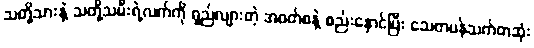
သတို့သားနဲ့ သတို့သမီးရဲ့လက်ကို ရှည်လျားတဲ့ အဝတ်စနဲ့ စည်းနှောင်ပြီး သေတပန်သက်တဆုံး